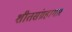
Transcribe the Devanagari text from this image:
शीतसंग्रहागार